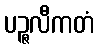
ပဉ္ဇလီကတံ